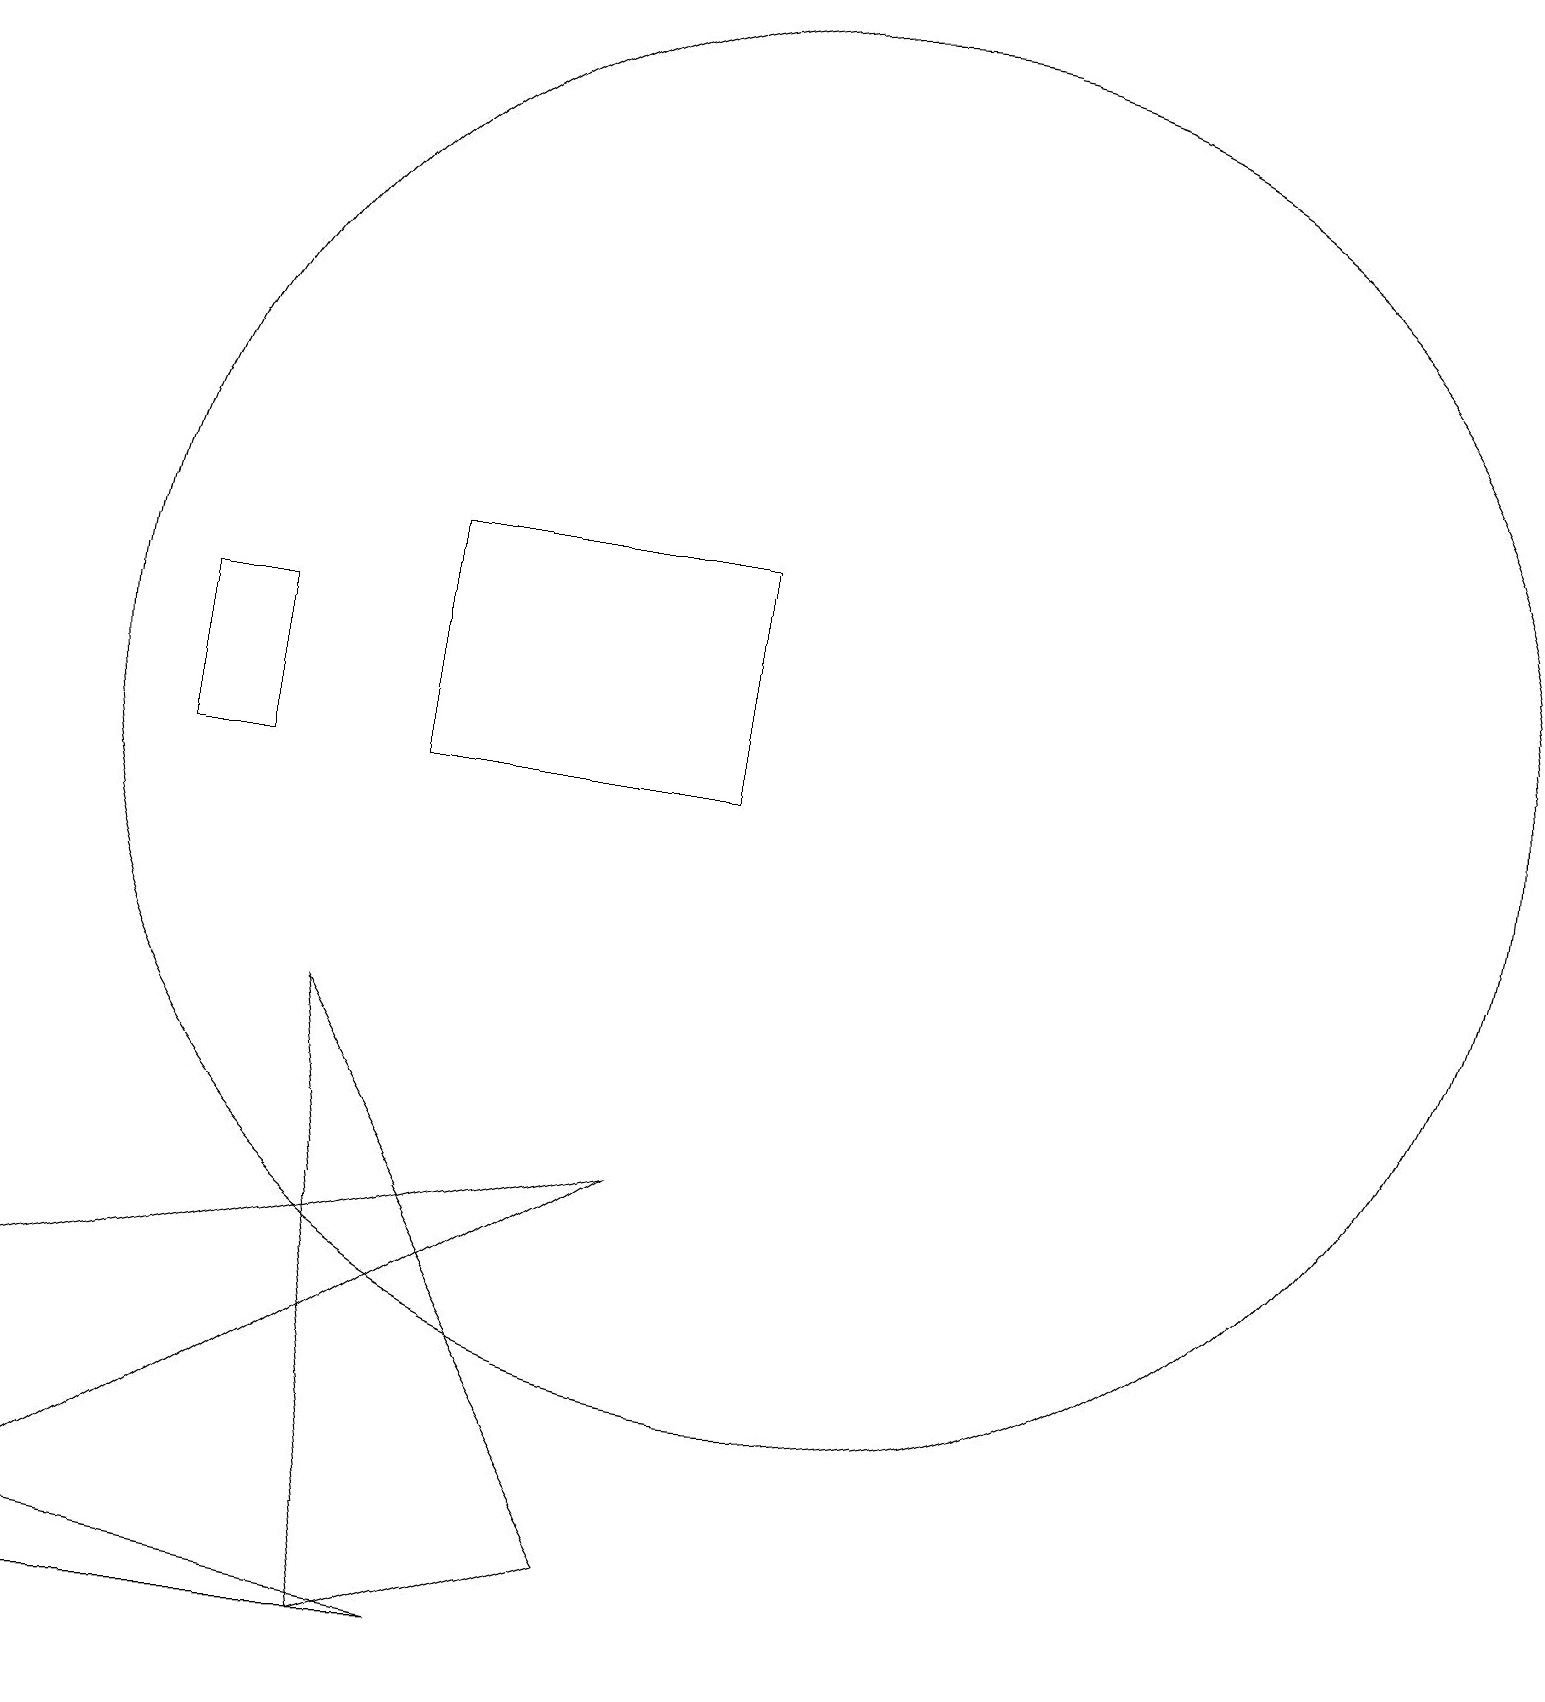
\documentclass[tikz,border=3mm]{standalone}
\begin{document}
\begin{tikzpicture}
\draw (10,12) circle (9);
\draw (6,0) -- (0,1) -- (1,0) -- cycle;
\draw (5,0) -- (4,8) -- (8,1) -- cycle;
\draw (9,11) rectangle (5,14);
\draw (2,11) rectangle (3,13);
\draw (0,4) -- (8,6) -- (0,1) -- cycle;
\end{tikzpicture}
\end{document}